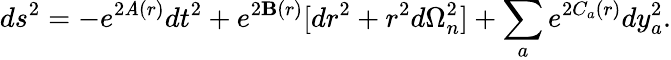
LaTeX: ds^{2}=-e^{2\mathit{A}(r)}dt^{2}+e^{2\mathbf{B}(r)}[dr^{2}+r^{2}d\Omega_{n}^{2}]+\sum_{a}e^{2C_{a}(r)}dy_{a}^{2}.